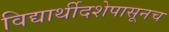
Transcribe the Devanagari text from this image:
विद्यार्थीदशेपासूनच